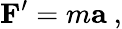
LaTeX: \mathbf{F}^{\prime}=m\mathbf{a}\ ,